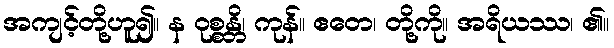
အကျင့်တို့ဟူ၍။ န ဝုစ္စန္တိ၊ ကုန်။ ဧတေ၊ တို့ကို။ အရိယဿ၊ ၏။